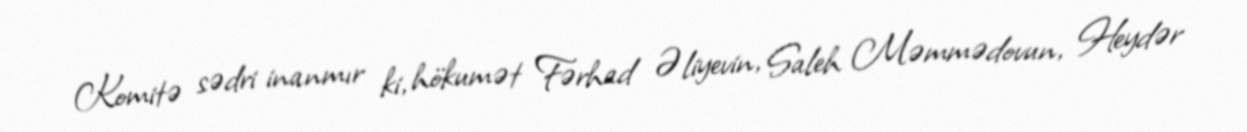
Komitə sədri inanmır ki, hökumət Fərhad Əliyevin, Saleh Məmmədovun, Heydər